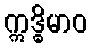
ဣဒ္ဓိမာဝ